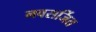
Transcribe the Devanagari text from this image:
नवसर्जित